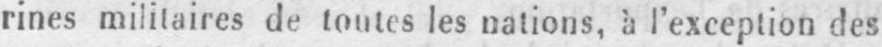
rines militaires de toutes les nations, à l’exception des